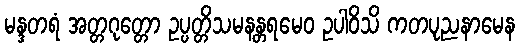
မန္ဒတရံ အတ္တဂုတ္တော ဥပ္ပတ္တိသမနန္တရမေဝ ဥပါဝိသိ ကတပုညနာမေန